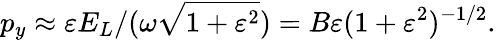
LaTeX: p_{y}\approx\varepsilon E_{L}/(\omega\sqrt{1+\varepsilon^{2}})=B\varepsilon(1+\varepsilon^{2})^{-1/2}.